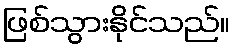
ဖြစ်သွားနိုင်သည်။